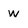
Character: w